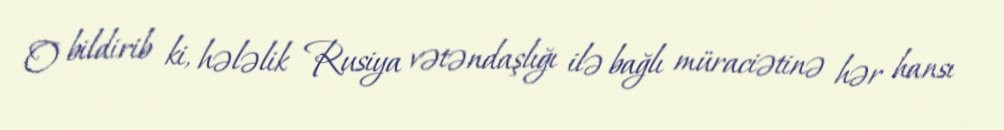
O bildirib ki, hələlik Rusiya vətəndaşlığı ilə bağlı müraciətinə hər hansı